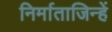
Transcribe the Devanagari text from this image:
निर्माताजिन्हें